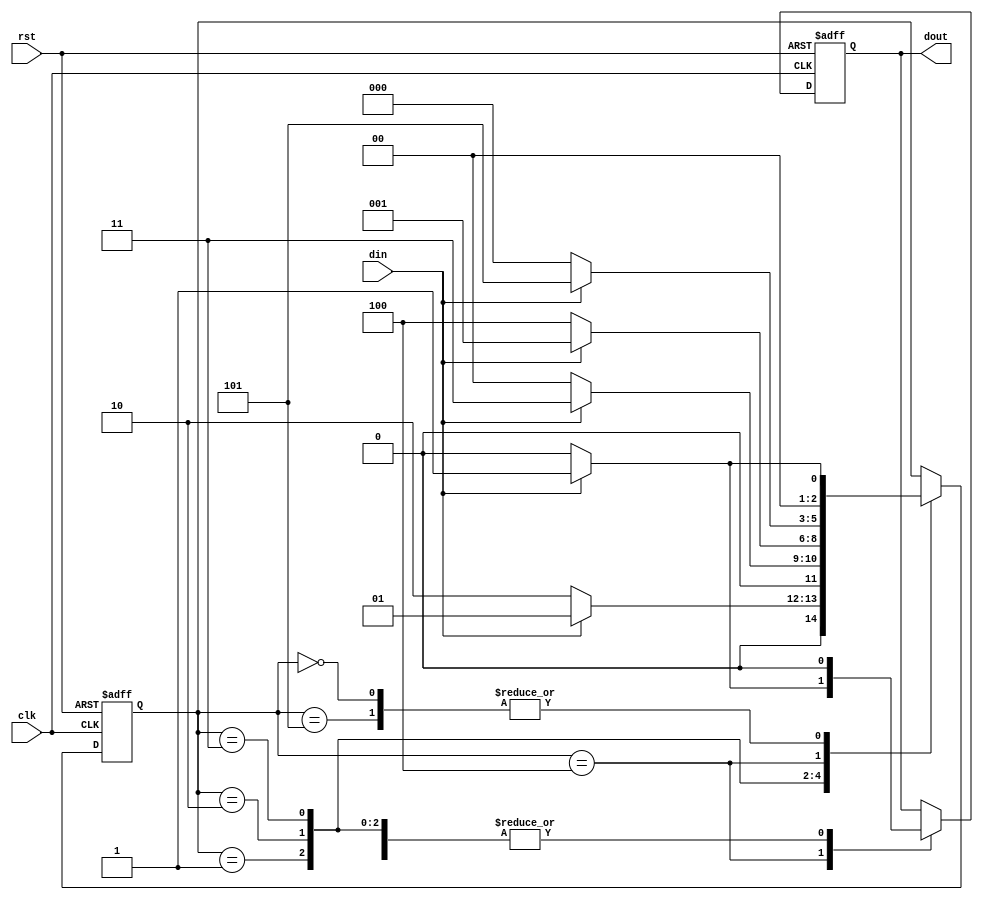
module mealy_nonover(
	input clk,
	input rst,
	input din,
	output reg dout
);

//sequence - 10101	
	
parameter S0 = 3'd0;
parameter S1 = 3'd1;
parameter S2 = 3'd2;
parameter S3 = 3'd3;
parameter S4 = 3'd4;
parameter S5 = 3'd5;

reg [2:0] state = S0;

always@(posedge clk or posedge rst) begin
	if(rst) begin
		dout <= 0;
		state <= S0;
	end else begin
		case(state)
			S0 : begin
				if(din) begin
					dout <= 0;
					state <= S1;
				end else begin
					dout <= 0;
					state <= S0;
				end
			end
			S1 : begin
				if(din) begin
					dout <= 0;
					state <= S1;
				end else begin
					dout <= 0;
					state <= S2;
				end
			end
			S2 : begin
				if(din) begin
					dout <= 0;
					state <= S3;
				end else begin
					dout <= 0;
					state <= S0;
				end
			end
			S3 : begin
				if(din) begin
					dout <= 0;
					state <= S1;
				end else begin
					dout <= 0;
					state <= S4;
				end
			end
			S4 : begin
				if(din) begin
					dout <= 1;
					state <= S5;
				end else begin
					dout <= 0;
					state <= S0;
				end
			end
			S5 : begin
				if(din) begin
					dout <= 0;
					state <= S1;
				end else begin
					dout <= 0;
					state <= S0;
				end
			end
		endcase
	end
end

endmodule